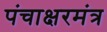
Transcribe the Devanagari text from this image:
पंचाक्षरमंत्र